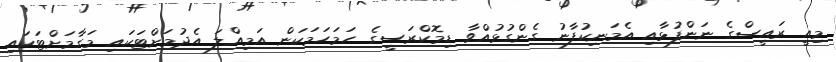
މިއީ ރައީސްގެ ނަންފުޅާއި އެމަނިކުފާނު ގެންގުޅުއްވާ ޑިމޮކްރަސީގެ ހަމަހަމަކަން އަމިއްލަ އެދުމަށްޓަކައި މަގާމަށްޓަކައި